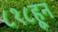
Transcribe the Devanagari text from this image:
८१८हून